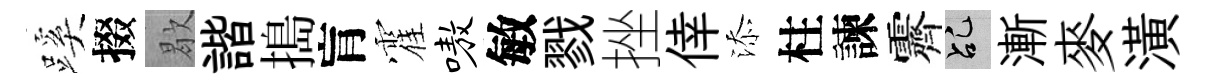
蹊掇歇諧搗肓霍嗷敏戮挫倖添柱諫霽乩漸麥潢